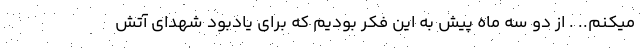
میکنم.. . از دو سه ماه پیش به این فکر بودیم که برای یادبود شهدای آتش